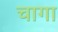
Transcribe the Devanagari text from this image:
चागा